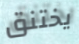
يختنق